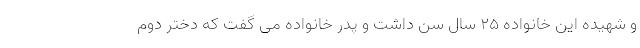
و شهیده این خانواده ۲۵ سال سن داشت و پدر خانواده می گفت که دختر دوم